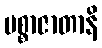
ပစ္စာဇာတာနိ